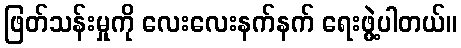
ဖြတ်သန်းမှုကို လေးလေးနက်နက် ရေးဖွဲ့ပါတယ်။